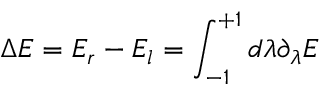
\Delta E = E _ { r } - E _ { l } = \int _ { - 1 } ^ { + 1 } d \lambda \partial _ { \lambda } E